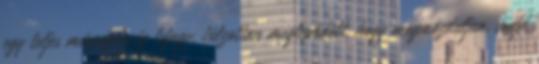
egy teljes másodpercig lefagy, túlzottan meglepődött, hogy megmozduljon, majd